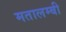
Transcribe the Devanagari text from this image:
मतालम्बी